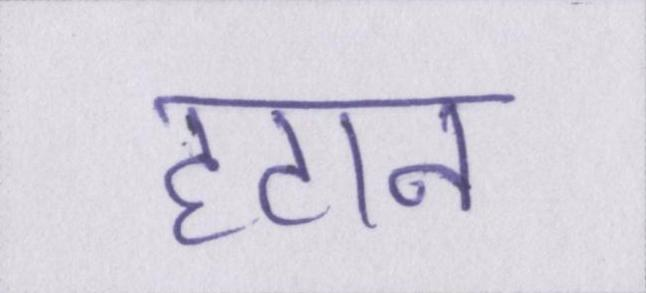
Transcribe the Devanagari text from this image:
हटान